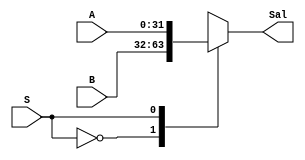
`timescale 1ns/1ns

module Mux5 (
		input [31:0]A,
		input [31:0]B,
		input S,
		output reg[31:0]Sal
);



always @*
begin
	case (S)
		1'b0:
		begin
			Sal = B;
		end
		1'b1:
		begin
			Sal = A;
		end
	endcase
end

endmodule